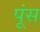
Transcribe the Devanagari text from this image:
पूंस